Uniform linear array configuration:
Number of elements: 24
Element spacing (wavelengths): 0.75
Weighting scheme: kaiser
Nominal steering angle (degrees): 15
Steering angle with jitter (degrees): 15.711
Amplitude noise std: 0.05
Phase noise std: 0.05

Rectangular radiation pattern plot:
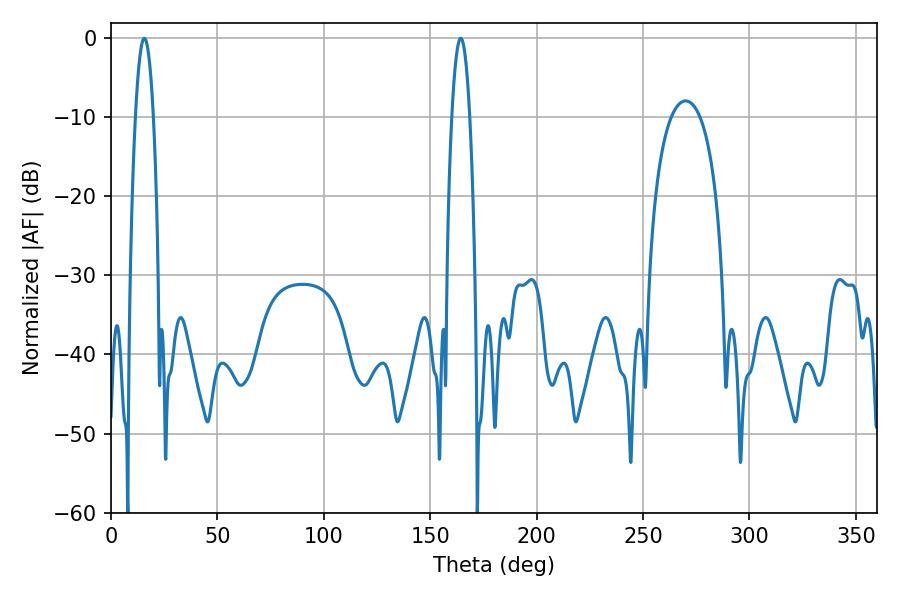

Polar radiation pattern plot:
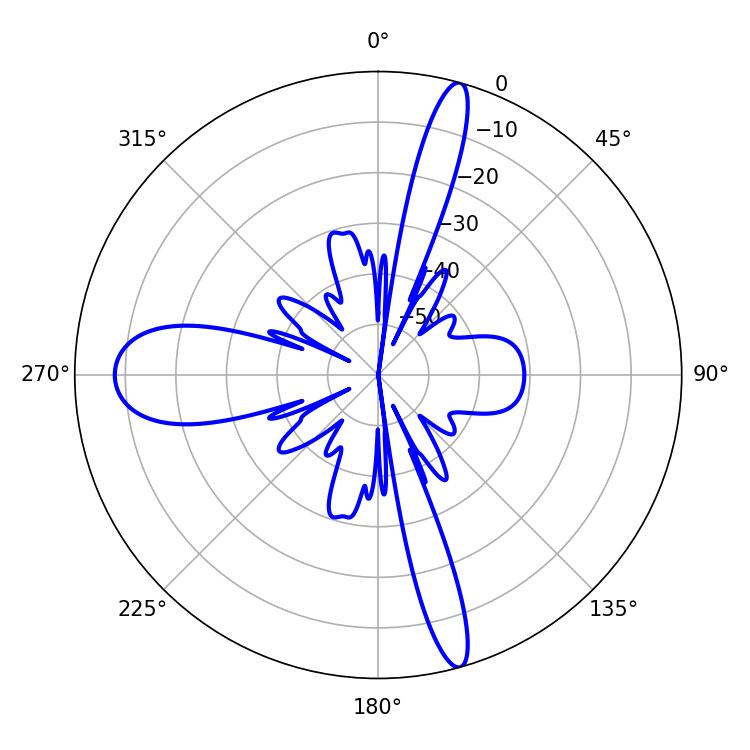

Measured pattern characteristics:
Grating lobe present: TRUE
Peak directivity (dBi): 30.21
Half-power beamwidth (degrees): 4.68
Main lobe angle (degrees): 15.66